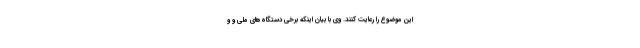
این موضوع را رعایت کنند. وی با بیان اینکه برخی دستگاه‌های ملی و و